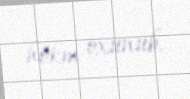
hökm oxunub.